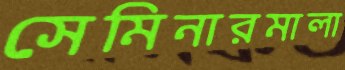
সেমিনারমালা